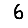
Digit: 6